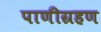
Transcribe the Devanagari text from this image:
पाणीग्रहण